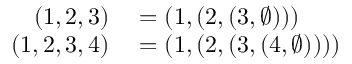
\begin{array} { r l } { ( 1 , 2 , 3 ) } & { { } = ( 1 , ( 2 , ( 3 , \emptyset ) ) ) } \\ { ( 1 , 2 , 3 , 4 ) } & { { } = ( 1 , ( 2 , ( 3 , ( 4 , \emptyset ) ) ) ) } \end{array}